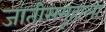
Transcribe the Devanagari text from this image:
जातीसमूहाला